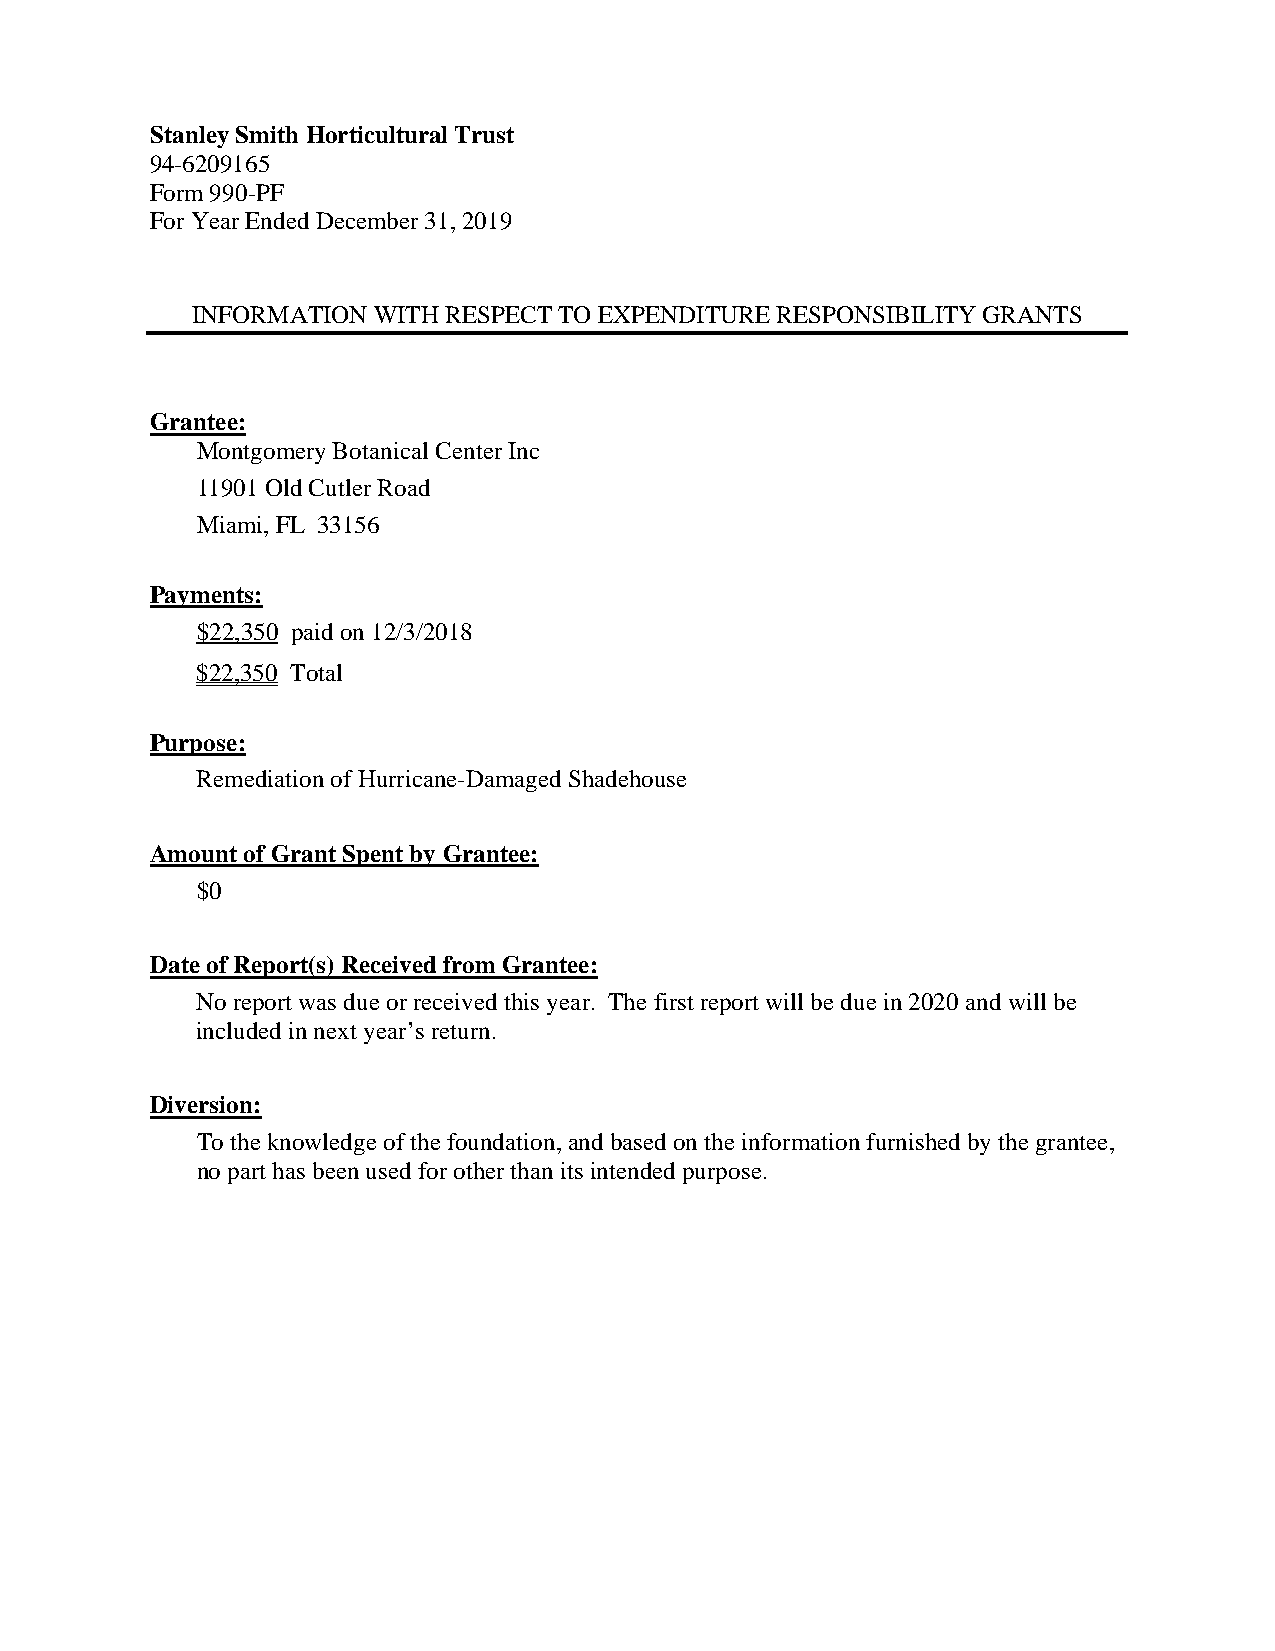
Stanley Smith Horticultural Trust
 94-6209165
 Form 990-PF
 For Year Ended December 31, 2019
 INFORMATION WITH RESPECT TO EXPENDITURE RESPONSIBILITY GRANTS
 Grantee:
 Montgomery Botanical Center Inc
 11901 Old Cutler Road
 Miami, FL 33156
 Payments:
 $22,350 paid on 12/3/2018
 $22,350 Total
 Purpose:
 Remediation of Hurricane-Damaged Shadehouse
 Amount of Grant Spent by Grantee:
 $0
 Date of Report(s) Received from Grantee:
 No report was due or received this year. The first report will be due in 2020 and will be
 included in next year’s return.
 Diversion:
 To the knowledge of the foundation, and based on the information furnished by the grantee,
 no part has been used for other than its intended purpose.